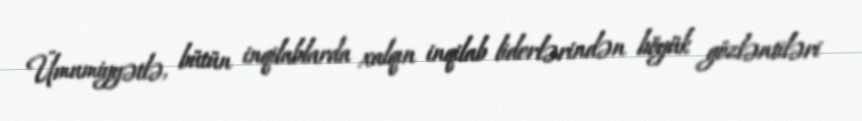
Ümumiyyətlə, bütün inqilablarda xalqın inqilab liderlərindən böyük gözləntiləri